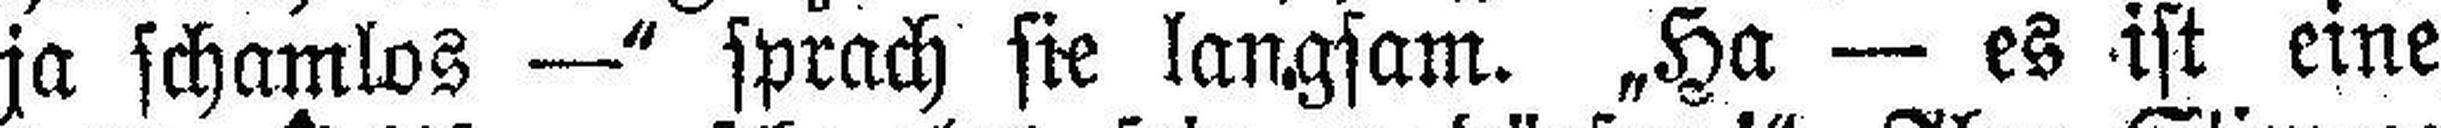
ja schamlos —“ sprach sie langsam. „Ha — es ist eine